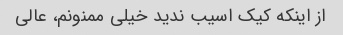
از اینکه کیک اسیب ندید خیلی ممنونم، عالی